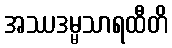
အဿဒမ္မသာရထီတိ